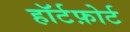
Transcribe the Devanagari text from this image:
हॉर्टफ़ोर्ट